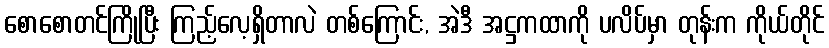
စောစောတင်ကြိုပြီး ကြည့်လေ့ရှိတာလဲ တစ်ကြောင်း, အဲဒီ အဋ္ဌကထာကို ပလိပ်မှာ တုန်းက ကိုယ်တိုင်